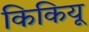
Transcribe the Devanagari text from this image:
किकियू